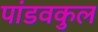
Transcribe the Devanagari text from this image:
पांडवकुल